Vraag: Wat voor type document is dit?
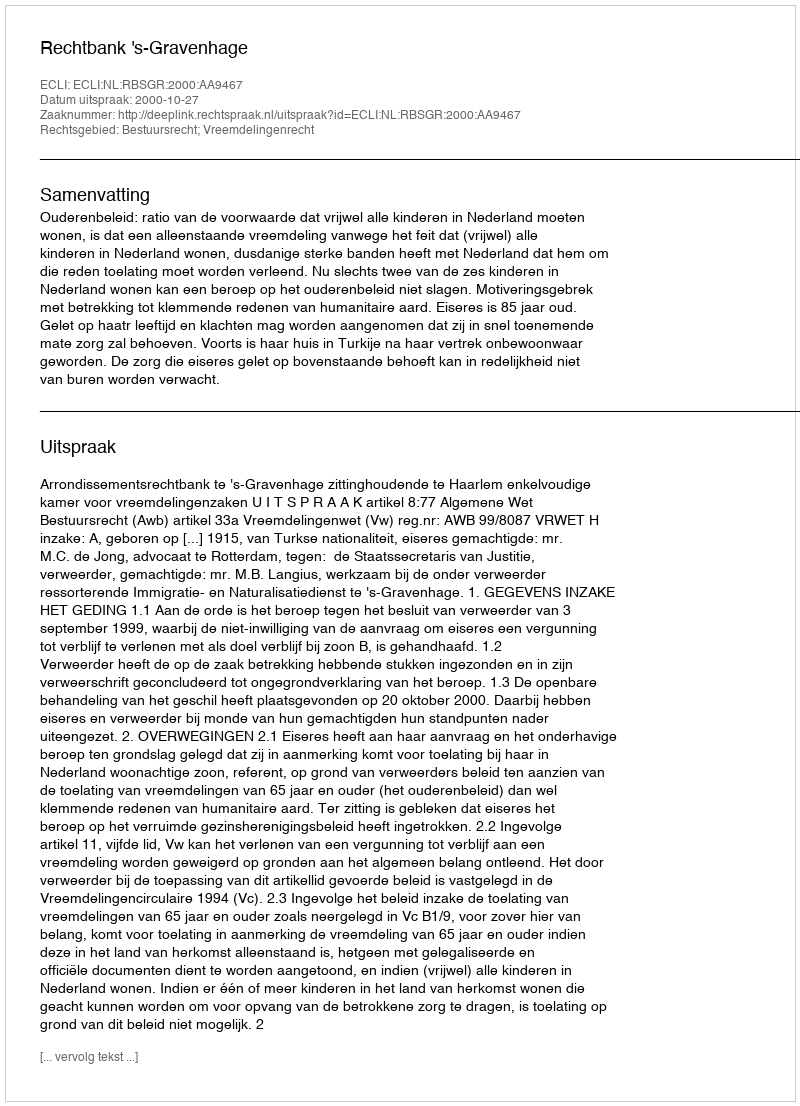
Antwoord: Uitspraak